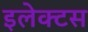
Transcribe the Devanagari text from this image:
इलेक्टस